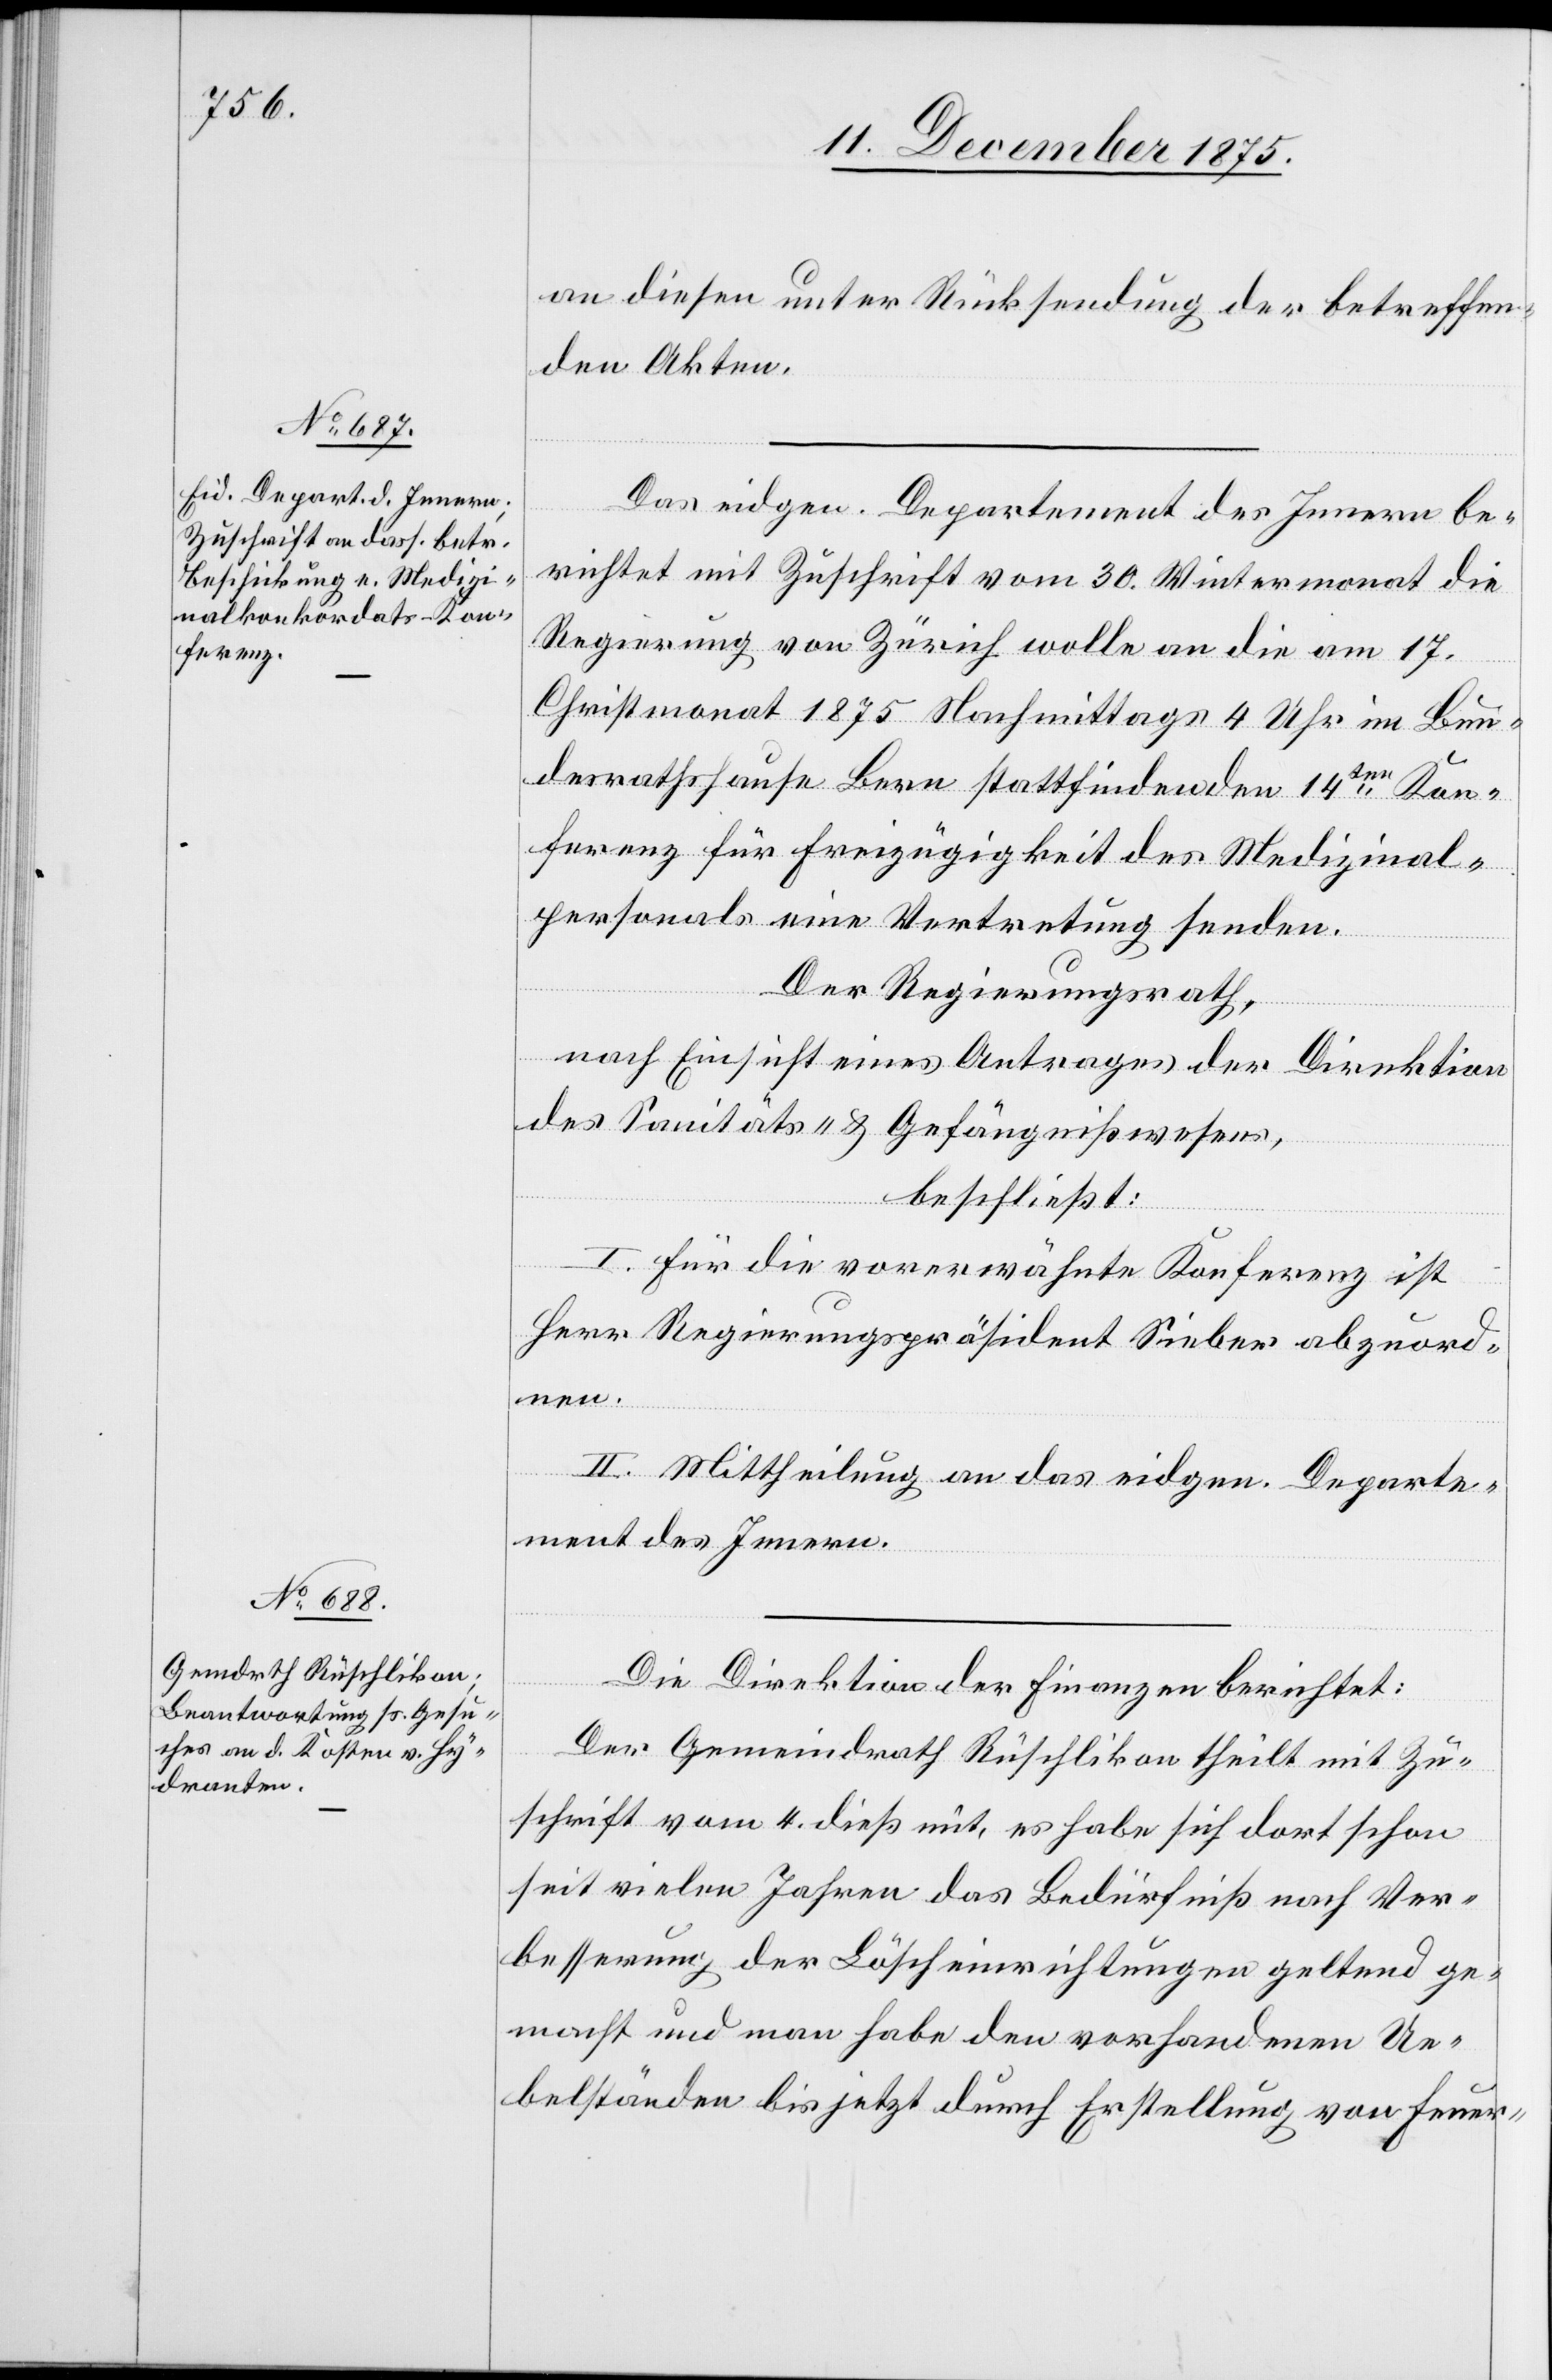
an diesen unter Rücksendung der betreffen¬
den Akten.
Das eidgen. Departement des Innern be¬
richtet mit Zuschrift vom 30. Wintermonat die
Regierung von Zürich wolle an die am 17.
Christmonat 1875 Nachmittags 4 Uhr im Bun¬
desrathshause Bern stattfindenden 14ten Kon¬
ferenz für Freizügigkeit des Medizinal¬
personals eine Vertretung senden.
Der Regierungsrath,
nach Einsicht eines Antrages der Direktion
des Sanitäts- & Gefängnißwesens,
beschließt:
I. Für die vorerwähnte Konferenz ist
Herr Regierungspräsident Sieber abzuord¬
nen.
II. Mittheilung an das eidgen. Departe¬
ment des Innern.
Die Direktion der Finanzen berichtet:
Der Gemeindrath Rüschlikon theilt mit Zu¬
schrift vom 4. dieß mit, es habe sich dort schon
seit vielen Jahren das Bedürfniß nach Ver¬
besserung der Löscheinrichtungen geltend ge¬
macht und man habe den vorhandenen Ue¬
belständen bis jetzt durch Erstellung von Feuer-